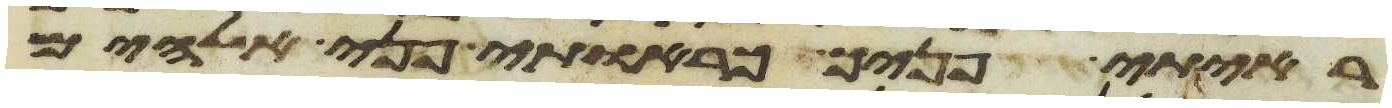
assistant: ראיתי פניך כראות פני אלהים